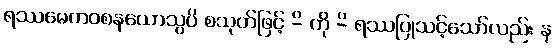
ရဿမေကဝစနယောသွပိ စသုတ်ဖြင့် -ိ ကို -ိ ရဿပြုသင့်သော်လည်း န